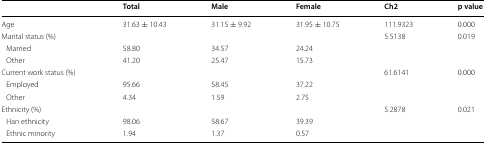
<table><thead><tr><td></td><td><b>Total</b></td><td><b>Male</b></td><td><b>Female</b></td><td><b>Ch2</b></td><td><b>p value</b></td></tr></thead><tbody><tr><td>Age</td><td>31.63 ± 10.43</td><td>31.15 ± 9.92</td><td>31.95 ± 10.75</td><td>111.9323</td><td>0.000</td></tr><tr><td>Marital status (%)</td><td></td><td></td><td></td><td>5.5138</td><td>0.019</td></tr><tr><td> Married</td><td>58.80</td><td>34.57</td><td>24.24</td><td></td><td></td></tr><tr><td> Other</td><td>41.20</td><td>25.47</td><td>15.73</td><td></td><td></td></tr><tr><td>Current work status (%)</td><td></td><td></td><td></td><td>61.6141</td><td>0.000</td></tr><tr><td> Employed</td><td>95.66</td><td>58.45</td><td>37.22</td><td></td><td></td></tr><tr><td> Other</td><td>4.34</td><td>1.59</td><td>2.75</td><td></td><td></td></tr><tr><td>Ethnicity (%)</td><td></td><td></td><td></td><td>5.2878</td><td>0.021</td></tr><tr><td> Han ethnicity</td><td>98.06</td><td>58.67</td><td>39.39</td><td></td><td></td></tr><tr><td> Ethnic minority</td><td>1.94</td><td>1.37</td><td>0.57</td><td></td><td></td></tr></tbody></table>